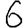
Digit: 6